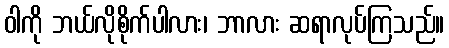
ဝါကို ဘယ်လိုစိုက်ပါလား၊ ဘာလား ဆရာလုပ်ကြသည်။